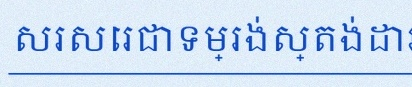
សរសេរជាទម្រង់ស្តង់ដារ